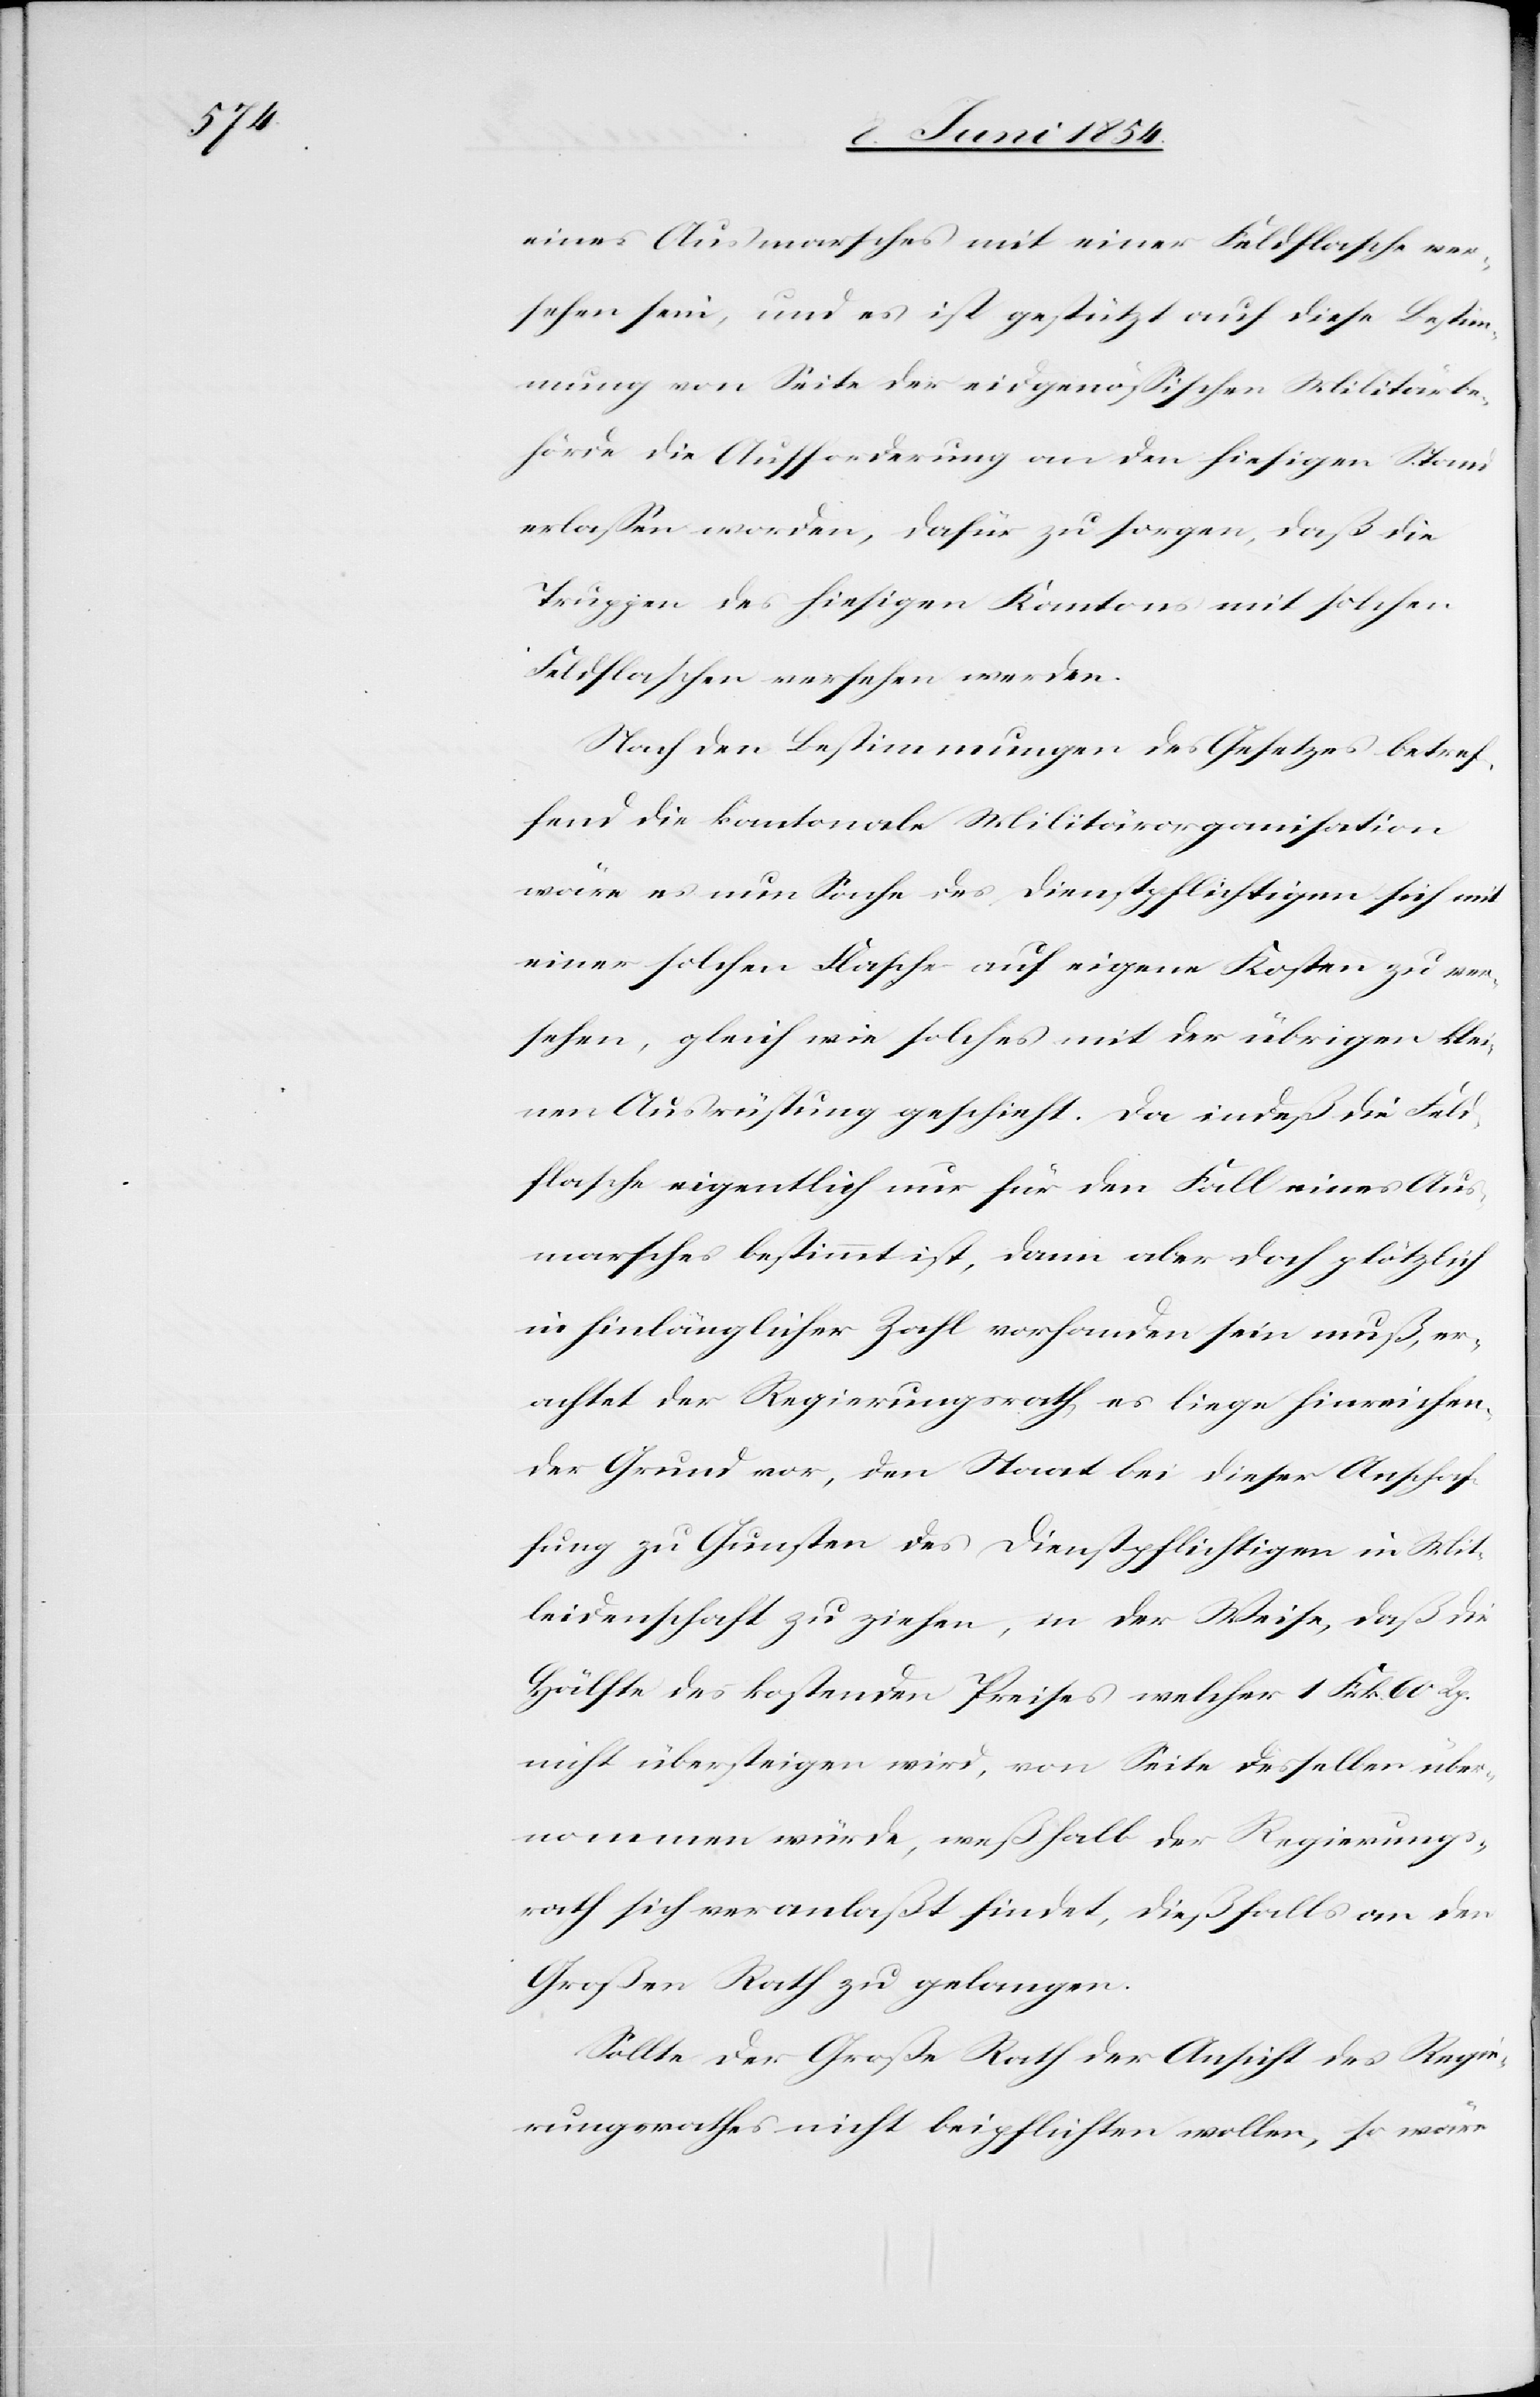
eines Ausmarsches mit einer Feldflasche ver¬
sehen sein, und es ist gestützt auf diese Bestim¬
mung von Seite der eidgenößischen Militärbe¬
hörde die Aufforderung an den hiesigen Stand
erlaßen worden, dafür zu sorgen, daß die
Truppen des hiesigen Kantons mit solchen
Feldflaschen versehen werden.
Nach den Bestimmungen des Gesetzes betref¬
fend die kantonale Militärorganisation
wäre es nun Sache des Dienstpflichtigen sich mit
einer solchen Flasche auf eigene Kosten zu ver¬
sehen, gleich wie solches mit der übrigen klei¬
nen Ausrüstung geschieht. Da indeß die Feld¬
flasche eigentlich nur für den Fall eines Aus¬
marsches bestimmt ist, dann aber doch plötzlich
in hinlänglicher Zahl vorhanden sein muß, er¬
achtet der Regierungsrath, es liege hinreichen¬
der Grund vor, den Staat bei dieser Anschaf¬
fung zu Gunsten des Dienstpflichtigen in Mit¬
leidenschaft zu ziehen, in der Weise, daß die
Hälfte des kostenden Preises welcher 1 Frk. 60 Rp.
nicht übersteigen wird, von Seite desselben über¬
nommen würde, weßhalb der Regierungs¬
rath sich veranlaßt findet, dießfalls an den
Großen Rath zu gelangen.
Sollte der Große Rath der Ansicht des Regie¬
rungsrathes nicht beipflichten wollen, so wäre